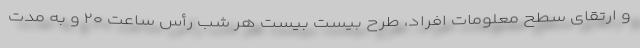
و ارتقای سطح معلومات افراد، طرح بیست بیست هر شب رأس ساعت ۲۰ و به مدت